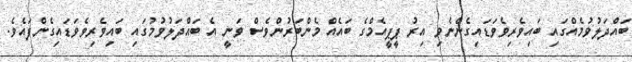
ބައްދަލުވުމެއްގައި ބައިވެރިވެވަޑައިގެންނެވި އިރު ޕީޕީއެމްގެ ބައެއް މެންބަރުންވެސް ވަނީ އެ ބައްދަލުވުމުގައި ބައިވެރިވެވަޑައިގެންފައެވެ.